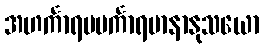
အဟင်္ကာရမမင်္ကာရမာနာနုသယော